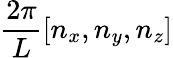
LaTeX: \frac{2\pi}{L}\left[n_{x},n_{y},n_{z}\right]